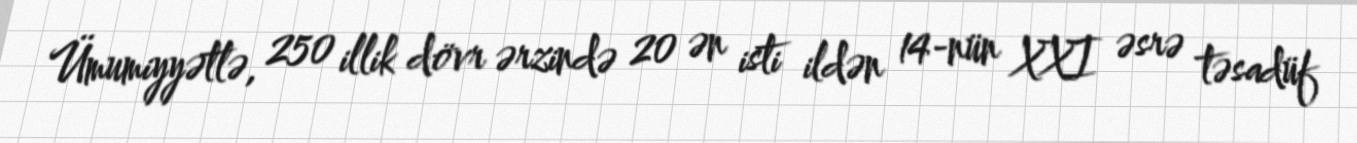
Ümumiyyətlə, 250 illik dövr ərzində 20 ən isti ildən 14-nün XXI əsrə təsadüf